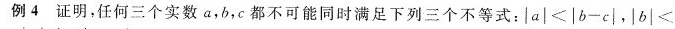
例4 证明，任何三个实数a，b，c都不可能同时满足下列三个不等式：$$| a | < | b - c | ， | b | <